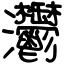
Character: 灪